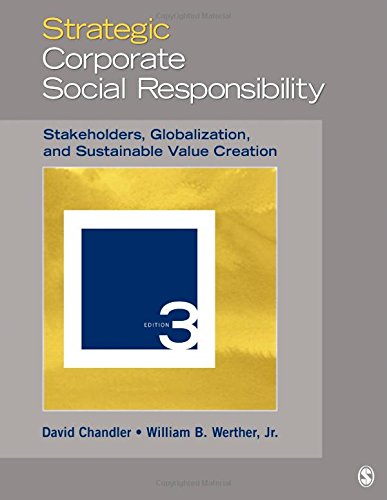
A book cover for Strategic Corporate Social Responsibility: Stakeholders, Globalization, and Sustainable Value Creation; David Chandler; Business & Money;